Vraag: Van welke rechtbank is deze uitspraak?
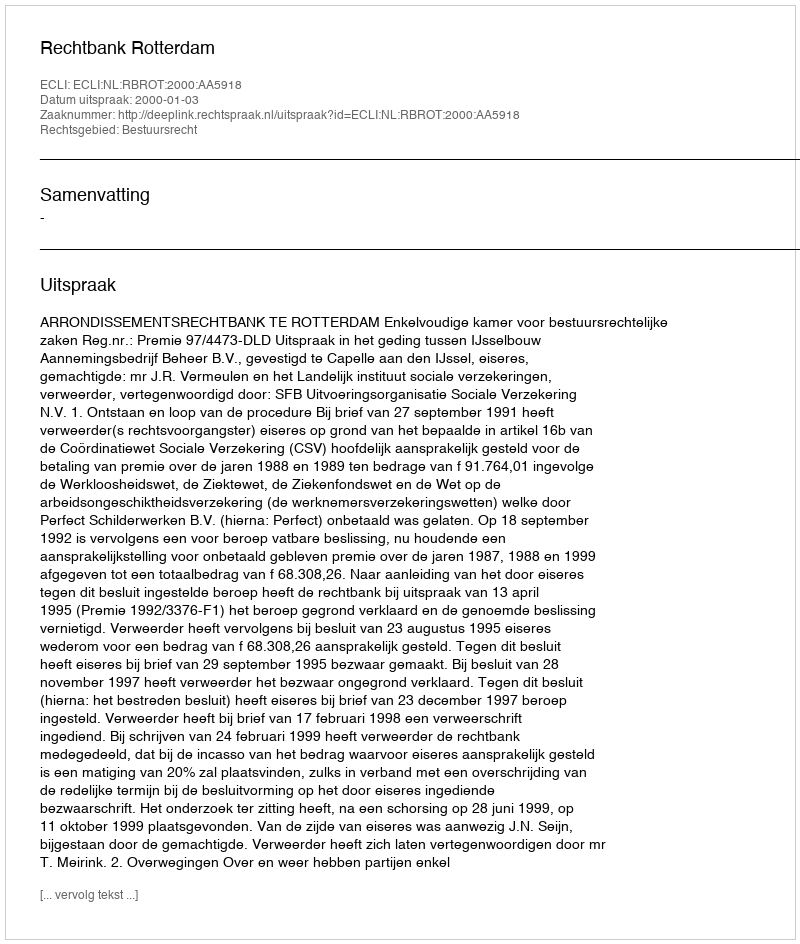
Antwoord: Rechtbank Rotterdam